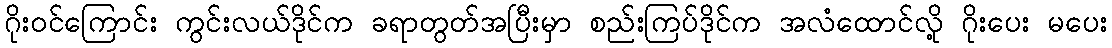
ဂိုးဝင်ကြောင်း ကွင်းလယ်ဒိုင်က ခရာတွတ်အပြီးမှာ စည်းကြပ်ဒိုင်က အလံထောင်လို့ ဂိုးပေး မပေး